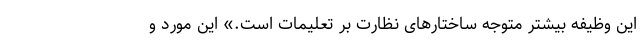
این وظیفه بیشتر متوجه ساختارهای نظارت بر تعلیمات است.» این مورد و